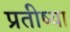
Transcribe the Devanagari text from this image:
प्रतीष्या